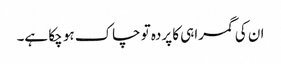
ان کی گمراہی کا پردہ تو چاک ہو چکا ہے۔